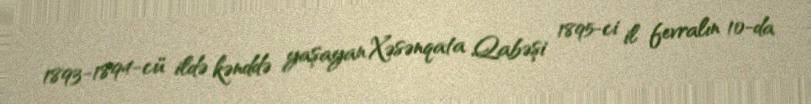
1893-1894-cü ildə kənddə yaşayan Xəsənqata Qabəşi 1895-ci il fevralın 10-da